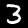
Digit: 3